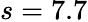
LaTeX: s=7.7